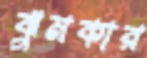
ঝুমকার